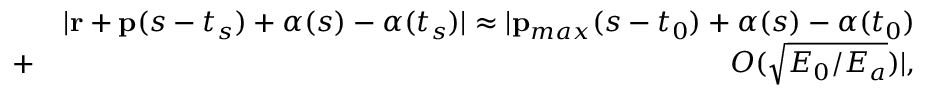
\begin{array} { r l r } & { } & { | \mathbf { r } + \mathbf { p } ( s - t _ { s } ) + \boldsymbol { \alpha } ( s ) - \boldsymbol { \alpha } ( t _ { s } ) | \approx | \mathbf { p } _ { m a x } ( s - t _ { 0 } ) + \boldsymbol { \alpha } ( s ) - \boldsymbol { \alpha } ( t _ { 0 } ) } \\ & { + } & { { \cal O } ( \sqrt { E _ { 0 } / E _ { a } } ) | , } \end{array}